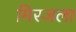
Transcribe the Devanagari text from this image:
मिरजला